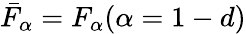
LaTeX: \bar{F}_{\alpha}=F_{\alpha}(\alpha=1-d)